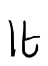
Text: It
Cross-out: clean
Writing tool: digital_black